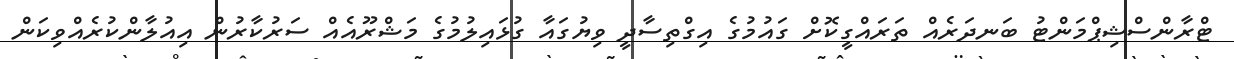
ޓްރާންސްޝިޕްމަންޓު ބަނދަރެއް ތަރައްގީކޮށް ގައުމުގެ އިގްތިސާދީ ވިޔުގައާ ގުޅައިލުމުގެ މަޝްރޫއެއް ސަރުކާރުން އިއުލާންކުރެއްވިކަން